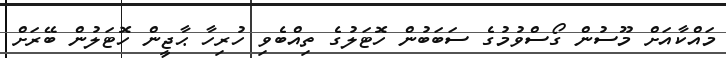
މައްކާއަށް މޫސުން ގޯސްވުމުގެ ސަބަބުން ހޮޓަލުގެ ތިއްބެވި ހުރިހާ ޙާޖީން ހޮޓަލުން ބޭރަށް